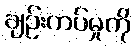
ချဉ်းကပ်မှုကို